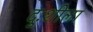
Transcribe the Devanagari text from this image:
दुःशीला